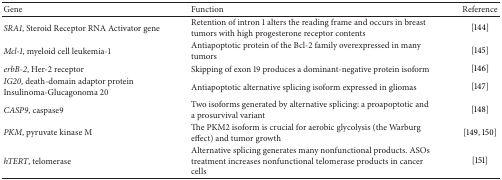
| Gene | Function | Reference |
 | --- | --- | --- |
 | SRA1, Steroid Receptor RNA Activator gene | Retention of intron 1 alters the reading frame and occurs in breast tumors with high progesterone receptor contents | [144] |
 | Mcl-1, myeloid cell leukemia-1 | Antiapoptotic protein of the Bcl-2 family overexpressed in many tumors | [145] |
 | erbB-2, Her-2 receptor | Skipping of exon 19 produces a dominant-negative protein isoform | [146] |
 | IG20, death-domain adaptor protein Insulinoma-Glucagonoma 20 | Antiapoptotic alternative splicing isoform expressed in gliomas | [147] |
 | CASP9, caspase9 | Two isoforms generated by alternative splicing: a proapoptotic and a prosurvival variant | [148] |
 | PKM, pyruvate kinase M | The PKM2 isoform is crucial for aerobic glycolysis (the Warburg effect) and tumor growth | [149, 150] |
 | hTERT, telomerase | Alternative splicing generates many nonfunctional products. ASOs treatment increases nonfunctional telomerase products in cancer cells | [151] |